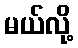
မယ်လို့